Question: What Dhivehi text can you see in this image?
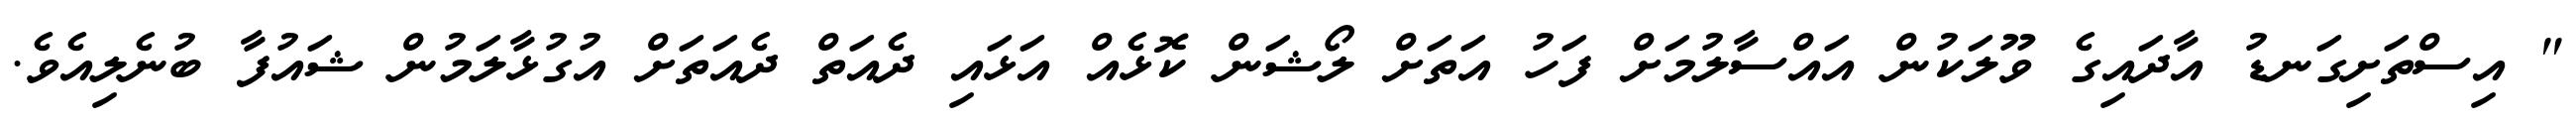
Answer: " އިސްތަށިގަނޑު އާދައިގެ ވޫލަކުން އައްސާލުމަށް ފަހު އަތަށް ލޯޝަން ކޮޅެއް އަޅައި ދެއަތް ދެއަތަށް އުގުޅާލަމުން ޝައުފާ ބުނެލިއެވެ.